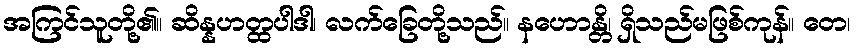
အကြင်သူတို့၏။ ဆိန္နဟတ္ထပါဒါ၊ လက်ခြေတို့သည်။ နဟောန္တိ၊ ရှိသည်မဖြစ်ကုန်။ တေ၊